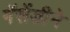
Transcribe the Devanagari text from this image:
गॅसेंडीने